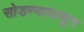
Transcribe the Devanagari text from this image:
सोडण्यापासून